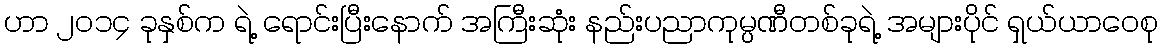
ဟာ ၂၀၁၄ ခုနှစ်က ရဲ့ ရောင်းပြီးနောက် အကြီးဆုံး နည်းပညာကုမ္ပဏီတစ်ခုရဲ့ အများပိုင် ရှယ်ယာဝေစု